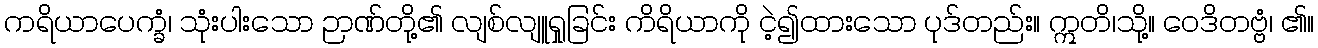
ကရိယာပေက္ခံ၊ သုံးပါးသော ဉာဏ်တို့၏ လျစ်လျူရှုခြင်း ကိရိယာကို ငဲ့၍ထားသော ပုဒ်တည်း။ ဣတိ၊သို့။ ဝေဒိတဗ္ဗံ၊ ၏။